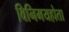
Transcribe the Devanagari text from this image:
विनिमयहोता